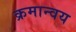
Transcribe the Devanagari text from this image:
क्रमान्वय